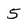
Character: 5